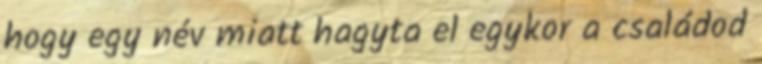
hogy egy név miatt hagyta el egykor a családod